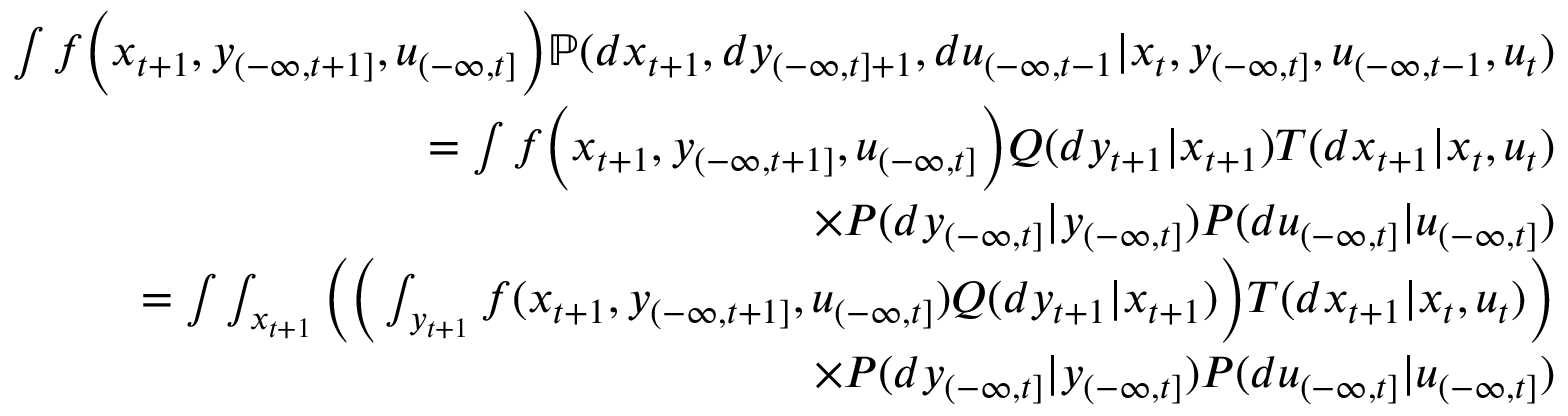
\begin{array} { r l r } & { } & { \int f \bigg ( x _ { t + 1 } , y _ { ( - \infty , t + 1 ] } , u _ { ( - \infty , t ] } \bigg ) \mathbb { P } ( d x _ { t + 1 } , d y _ { ( - \infty , t ] + 1 } , d u _ { ( - \infty , t - 1 } | x _ { t } , y _ { ( - \infty , t ] } , u _ { ( - \infty , t - 1 } , u _ { t } ) } \\ & { } & { = \int f \bigg ( x _ { t + 1 } , y _ { ( - \infty , t + 1 ] } , u _ { ( - \infty , t ] } \bigg ) Q ( d y _ { t + 1 } | x _ { t + 1 } ) T ( d x _ { t + 1 } | x _ { t } , u _ { t } ) } \\ & { } & { \qquad \qquad \qquad \times P ( d y _ { ( - \infty , t ] } | y _ { ( - \infty , t ] } ) P ( d u _ { ( - \infty , t ] } | u _ { ( - \infty , t ] } ) } \\ & { } & { = \int \int _ { x _ { t + 1 } } \bigg ( \bigg ( \int _ { y _ { t + 1 } } f ( x _ { t + 1 } , y _ { ( - \infty , t + 1 ] } , u _ { ( - \infty , t ] } ) Q ( d y _ { t + 1 } | x _ { t + 1 } ) \bigg ) T ( d x _ { t + 1 } | x _ { t } , u _ { t } ) \bigg ) } \\ & { } & { \qquad \qquad \qquad \times P ( d y _ { ( - \infty , t ] } | y _ { ( - \infty , t ] } ) P ( d u _ { ( - \infty , t ] } | u _ { ( - \infty , t ] } ) } \end{array}